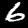
Label: 6